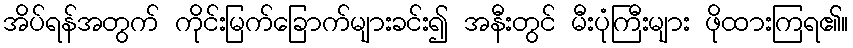
အိပ်ရန်အတွက် ကိုင်းမြက်ခြောက်များခင်း၍ အနီးတွင် မီးပုံကြီးများ ဖိုထားကြရ၏။